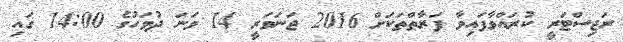
ރަޖިސްޓަރީ ކުރައްވާފައިވާ ފަރާތްތަކަށް 2016 ޖަނަވަރީ 14 ވަނަ ދުވަހުގެ 14:00 ގައި